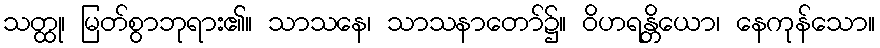
သတ္ထု၊ မြတ်စွာဘုရား၏။ သာသနေ၊ သာသနာတော်၌။ ဝိဟရန္တိယော၊ နေကုန်သော။